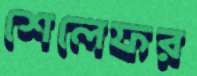
শেলেফর